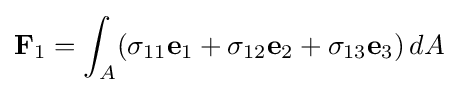
\mathbf {F} _{1}=\int _{A}(\sigma _{11}\mathbf {e} _{1}+\sigma _{12}\mathbf {e} _{2}+\sigma _{13}\mathbf {e} _{3})\,dA